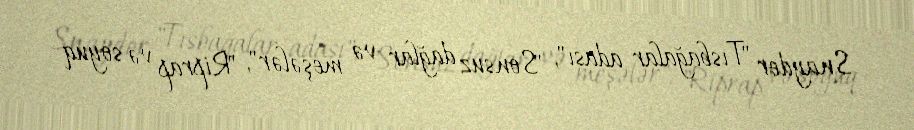
Snayder "Tısbağalar adası", "Sonsuz dağlar və meşələr", "Riprap və soyuq